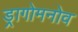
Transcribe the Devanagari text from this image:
ड्रागोमनोव